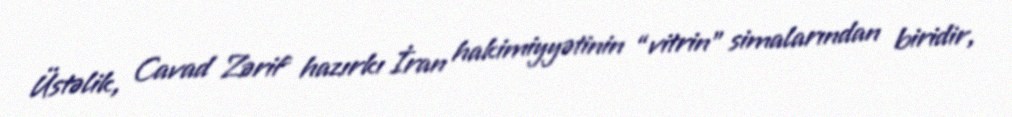
Üstəlik, Cavad Zərif hazırkı İran hakimiyyətinin “vitrin” simalarından biridir,